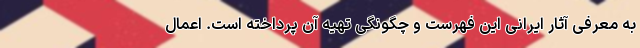
به معرفی آثار ایرانی این فهرست و چگونگی تهیه آن پرداخته است. اعمال